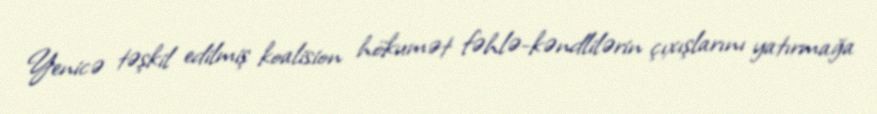
Yenicə təşkil edilmiş koalision hökumət fəhlə-kəndlilərin çıxışlarını yatırmağa